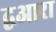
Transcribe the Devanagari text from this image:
द्वआरा